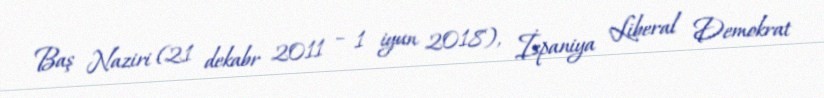
Baş Naziri (21 dekabr 2011 – 1 iyun 2018), İspaniya Liberal Demokrat